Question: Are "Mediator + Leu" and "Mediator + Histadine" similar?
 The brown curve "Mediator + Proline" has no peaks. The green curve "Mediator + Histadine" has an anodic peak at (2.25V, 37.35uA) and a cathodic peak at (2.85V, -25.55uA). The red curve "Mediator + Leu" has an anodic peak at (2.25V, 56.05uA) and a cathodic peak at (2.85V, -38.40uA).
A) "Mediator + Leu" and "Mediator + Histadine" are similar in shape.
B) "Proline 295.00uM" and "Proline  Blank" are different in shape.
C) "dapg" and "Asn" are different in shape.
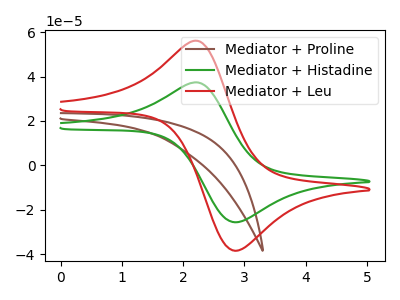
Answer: <think>All the peaks in "Mediator + Leu" have a peak in "Mediator + Histadine" at the same potential. Every peak in "Mediator + Leu" is higher than every peak in "Mediator + Histadine".
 </think>
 <answer>A) "Mediator + Leu" and "Mediator + Histadine" are similar in shape.</answer>
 <eval>A</eval>